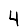
Digit: 4